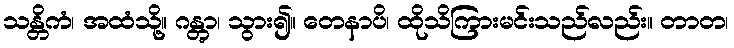
သန္တိကံ၊ အထံသို့။ ဂန္တွာ၊ သွား၍။ တေနာပိ၊ ထိုသိကြားမင်းသည်လည်း။ တာတ၊